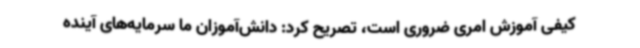
کیفی آموزش امری ضروری است، تصریح کرد: دانش‌آموزان ما سرمایه‌های آینده